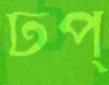
ঢপ্‌